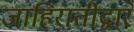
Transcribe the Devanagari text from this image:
जाहिरातीद्वारे